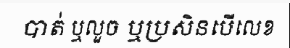
បាត់ ឬលួច ឬប្រសិនបើលេខ